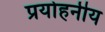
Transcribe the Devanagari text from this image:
प्रयोहनीय